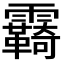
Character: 𩆺